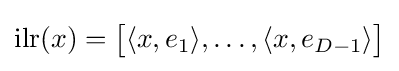
\operatorname {ilr} (x)={\big [}\langle x,e_{1}\rangle ,\ldots ,\langle x,e_{D-1}\rangle {\big ]}